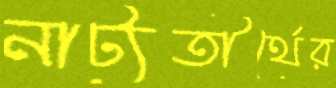
নাট্যতীর্থের